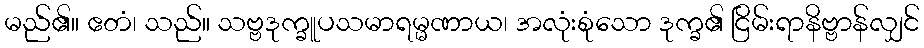
မည်၏။ ဧတံ၊ သည်။ သဗ္ဗဒုက္ခူပသမာရမ္မဏာယ၊ အလုံးစုံသော ဒုက္ခ၏ ငြိမ်းရာနိဗ္ဗာန်လျှင်